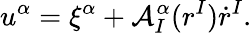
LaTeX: u^{\alpha}=\xi^{\alpha}+\mathcal{A}_{I}^{\alpha}(r^{I})\dot{r}^{I}.